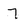
Character: 7